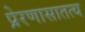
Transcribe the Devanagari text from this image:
प्रेरणासातत्य